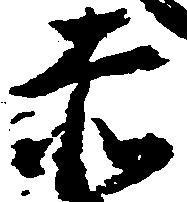
赤